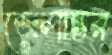
জেলান্তর